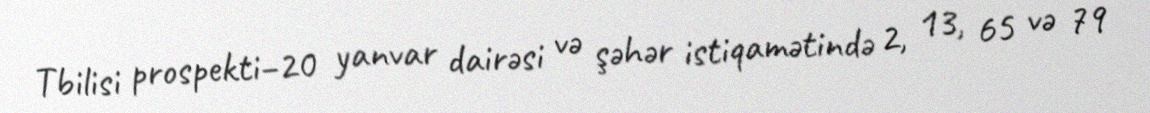
Tbilisi prospekti–20 yanvar dairəsi və şəhər istiqamətində 2, 13, 65 və 79